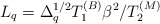
\begin{align*}L_q = \Delta_q^{1/2} T_1^{(B)} \beta^2 / T_2^{(M)}\end{align*}